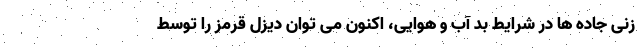
زنی جاده ها در شرایط بد آب و هوایی، اکنون می توان دیزل قرمز را توسط